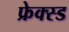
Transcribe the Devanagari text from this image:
फ्रेक्स्ड